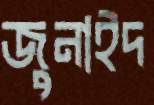
জুনাইদ